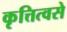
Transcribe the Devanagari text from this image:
कृत्तित्वसे